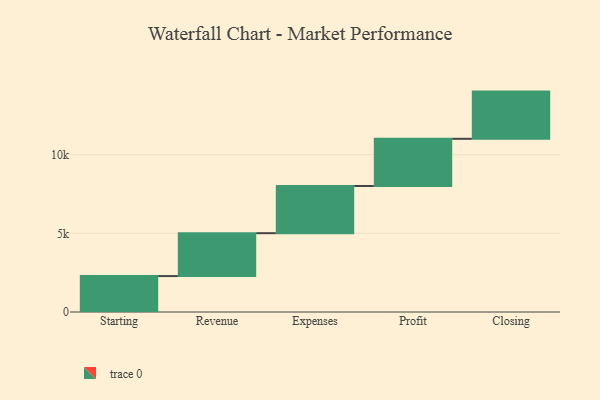
{"axis": {"x": "Step", "y": "Value"}, "legend": [""], "data": [{"x": "Starting", "y": 2283.0, "type": ""}, {"x": "Revenue", "y": 2726.0, "type": ""}, {"x": "Expenses", "y": 3000, "type": ""}, {"x": "Profit", "y": 3000, "type": ""}, {"x": "Closing", "y": 3000, "type": ""}]}